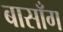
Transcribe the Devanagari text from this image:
बासाँग